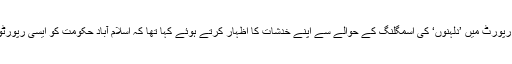
گزشتہ ماہ ہیومن رائٹس واچ نے اپنی ایک رپورٹ میں ’دلہنوں‘ کی اسمگلنگ کے حوالے سے اپنے خدشات کا اظہار کرتے ہوئے کہا تھا کہ اسلام آباد حکومت کو ایسی رپورٹوں کے حوالے سے ’چوکنا‘ ہو جانا چاہیے۔